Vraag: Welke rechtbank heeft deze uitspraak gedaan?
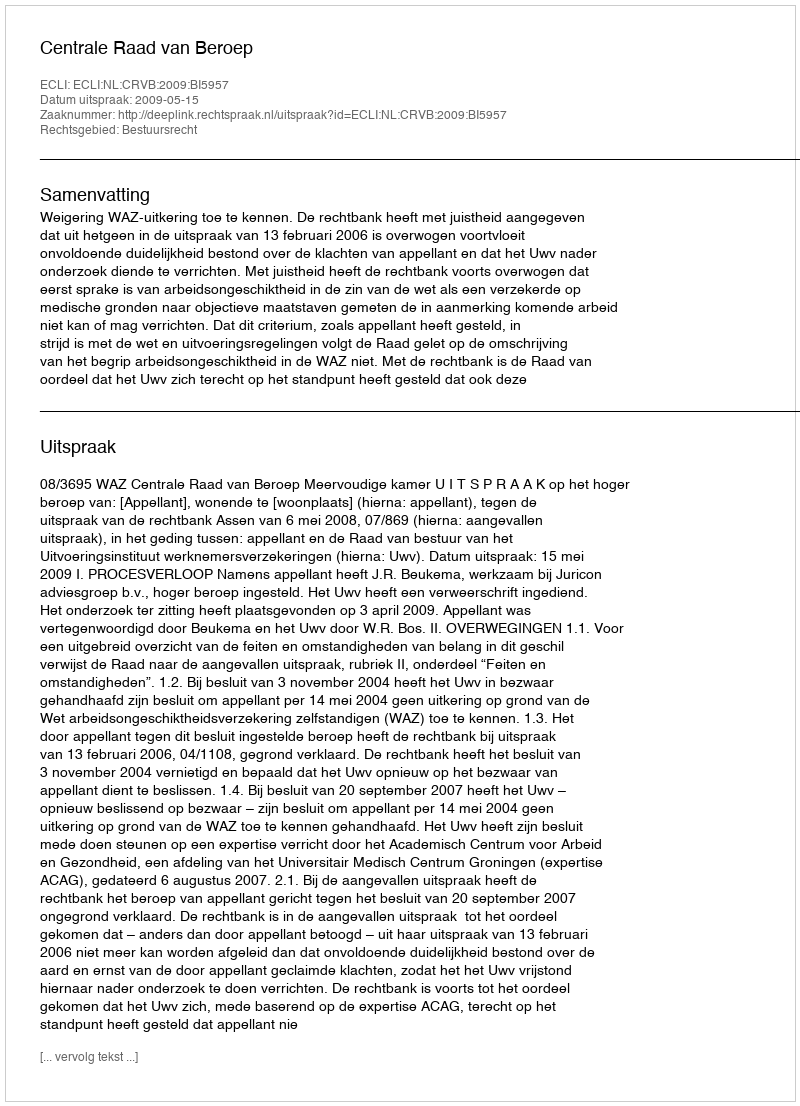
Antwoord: Centrale Raad van Beroep